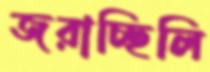
জরাচ্ছিলি